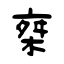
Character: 椉